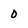
Character: 0